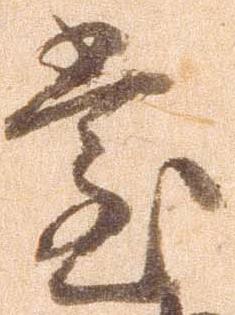
堂